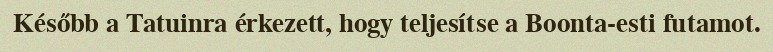
Később a Tatuinra érkezett, hogy teljesítse a Boonta-esti futamot.